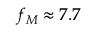
f _ { M } \approx 7 . 7